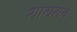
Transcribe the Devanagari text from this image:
शायरांचे